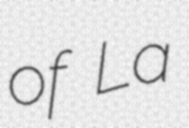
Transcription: of La